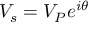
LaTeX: V _ { s } = V _ { P } e ^ { i \theta }